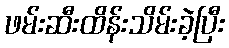
ဖမ်းဆီးထိန်းသိမ်းခဲ့ပြီး